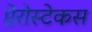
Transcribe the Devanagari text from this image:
प्टेरोस्टेकस